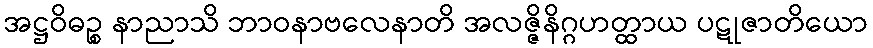
အဋ္ဌဝိဓဉ္စ နာညာသိ ဘာဝနာဗလေနာတိ အလဇ္ဇိနိဂ္ဂဟတ္ထာယ ပဋုဇာတိယော